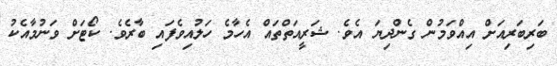
ބަރިބަރިއަށް އިއްވަމުން ގެންދިޔަ އެވެ. ޝަރީއަތްތައް އެހާމެ ހަލުއިވެފައި ބާރެވެ. ކޯޓަށް ވަނުމާއެކު